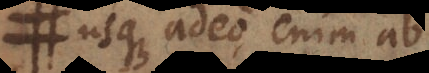
usque adeo enim ab